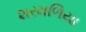
શરમળિયા